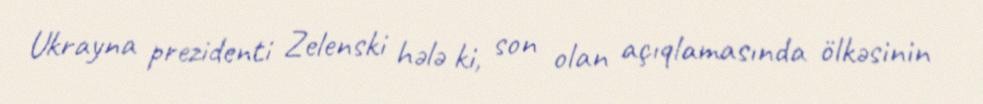
Ukrayna prezidenti Zelenski hələ ki, son olan açıqlamasında ölkəsinin